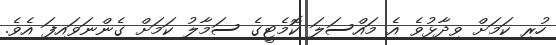
ހުރި ކަމަށް ވިދާޅުވެ އެ މައްސަލަ ކޮމެޓީގެ ސަމާލު ކަމަށް ގެންނަވައިފަ އެވެ.